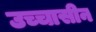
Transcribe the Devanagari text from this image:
उच्चासीन